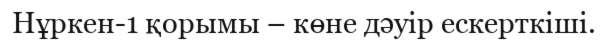
Нұркен-1 қорымы – көне дәуір ескерткіші.